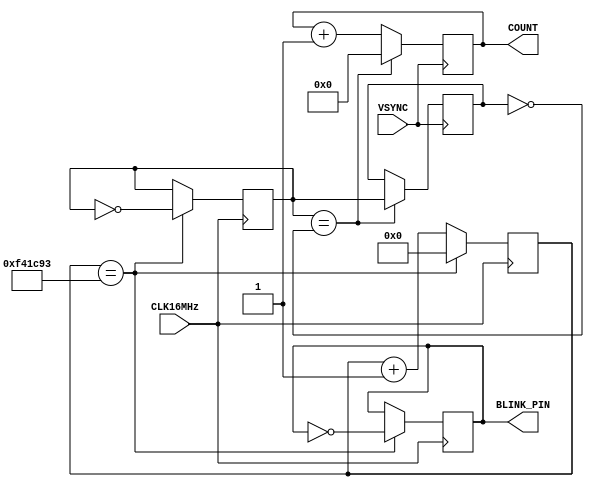
module frame_counter (
    input wire CLK16MHz,
    input wire VSYNC,
    output reg [6:0] COUNT,
    output wire BLINK_PIN
);

    parameter CLOCKS_PER_SEC   = 15998100; // Gets +-5us from 1s
    reg [31:0] CLOCK_COUNTER = 0;
    reg LED_STATE = 0;

    reg [6:0] FRAME_COUNT = 0;
    wire RESET;
    wire LAST_RESET;
  
    always @ (posedge CLK16MHz)
    begin
        if (CLOCK_COUNTER == CLOCKS_PER_SEC-1) // -1, since counter starts at 0
            begin
                CLOCK_COUNTER <= 32'b0;
                RESET <= ~RESET;
                LED_STATE <= ~LED_STATE; // toggle LED
            end
        else
            begin
                CLOCK_COUNTER <= CLOCK_COUNTER + 1;
            end
    end

    always @(negedge VSYNC)
    begin
        if (RESET == ~LAST_RESET)
        begin
            FRAME_COUNT <= 8'b0;
            LAST_RESET <= RESET;
        end
        else
        begin
            FRAME_COUNT <= FRAME_COUNT + 1;
        end
    end

    assign COUNT = FRAME_COUNT;
    assign BLINK_PIN = LED_STATE;

endmodule